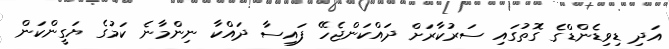
އަދި ޑިވިޑެންޑްގެ ގޮތުގައި ސަރުކާރަށް ދައްކަންޖެހޭ ފައިސާ ދައްކާ ނިންމާނެ ކަމުގެ ޔަގީންކަން